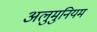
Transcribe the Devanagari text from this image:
अलुमुनियम